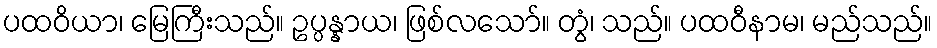
ပထဝိယာ၊ မြေကြီးသည်။ ဥပ္ပန္နာယ၊ ဖြစ်လသော်။ တွံ၊ သည်။ ပထဝီနာမ၊ မည်သည်။